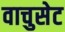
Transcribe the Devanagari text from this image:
वाचुसेट